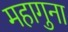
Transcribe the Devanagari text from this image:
महागुना